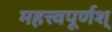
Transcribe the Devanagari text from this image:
महत्त्वपूर्णश्